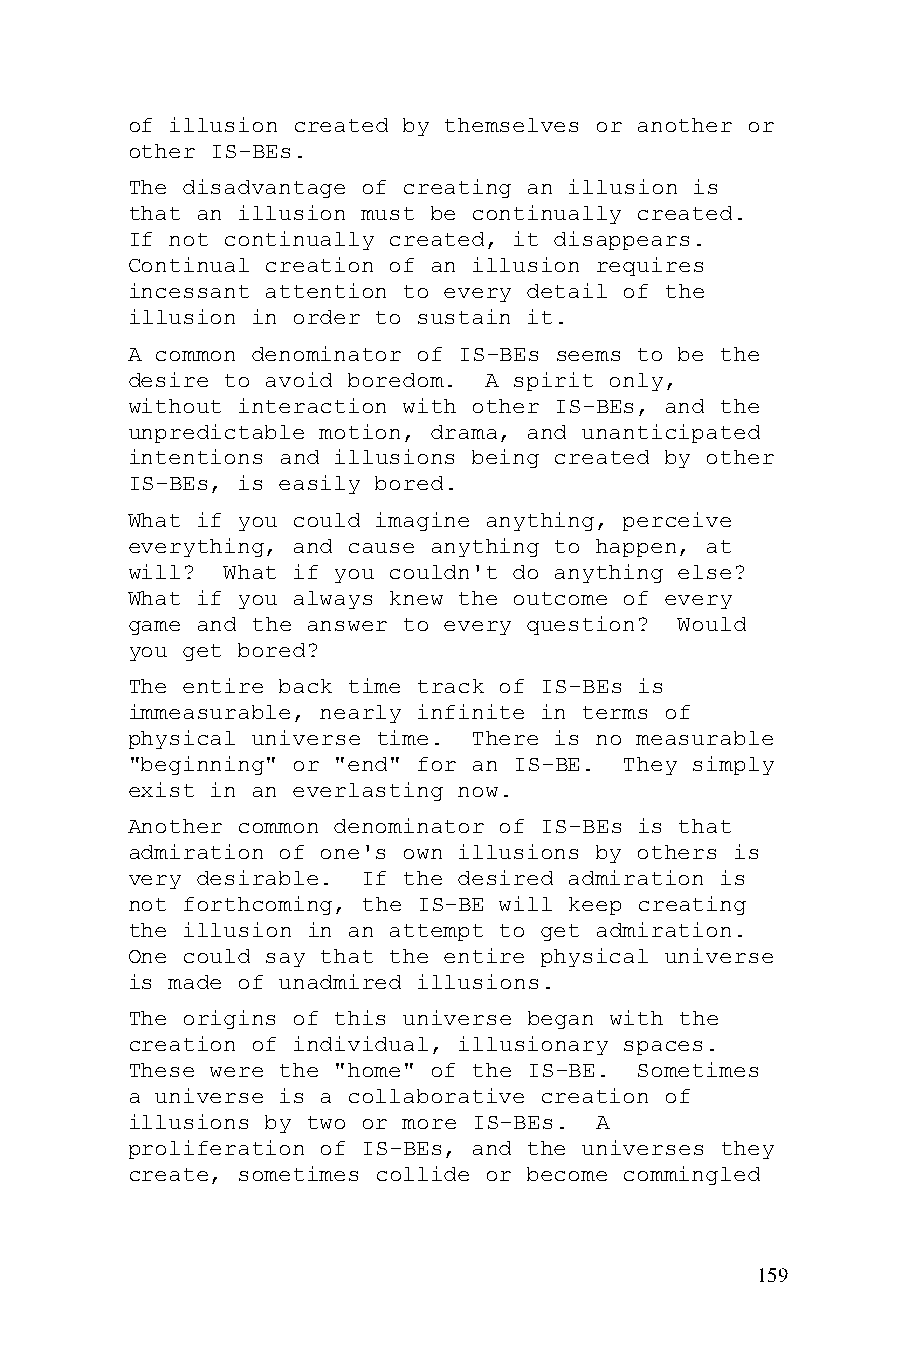
of illusion created by themselves or another or
 other IS-BEs.
 The disadvantage of creating an illusion is
 that an illusion must be continually created.
 If not continually created, it disappears.
 Continual creation of an illusion requires
 incessant attention to every detail of the
 illusion in order to sustain it.
 A common denominator of IS-BEs seems to be the
 desire to avoid boredom. A spirit only,
 without interaction with other IS-BEs, and the
 unpredictable motion, drama, and unanticipated
 intentions and illusions being created by other
 IS-BEs, is easily bored.
 What if you could imagine anything, perceive
 everything, and cause anything to happen, at
 will?  What if you couldn't do anything else?
 What if you always knew the outcome of every
 game and the answer to every question? Would
 you get bored?
 The entire back time track of IS-BEs is
 immeasurable, nearly infinite in terms of
 physical universe time. There is no measurable
 "beginning" or "end" for an IS-BE. They simply
 exist in an everlasting now.
 Another common denominator of IS-BEs is that
 admiration of one's own illusions by others is
 very desirable. If the desired admiration is
 not forthcoming, the IS-BE will keep creating
 the illusion in an attempt to get admiration.
 One could say that the entire physical universe
 is made of unadmired illusions.
 The origins of this universe began with the
 creation of individual, illusionary spaces.
 These were the "home" of the IS-BE. Sometimes
 a universe is a collaborative creation of
 illusions by two or more IS-BEs. A
 proliferation of IS-BEs, and the universes they
 create, sometimes collide or become commingled
 159